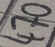
Text: 470